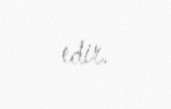
edir.